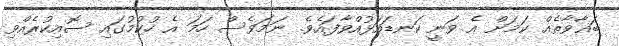
ބަޣާވާތެއް ކަމަށް އެ ވަނީ ކަނޑައަޅުއްވާފައެވެ. ނަމަވެސް ހަމަ އެ ހުކުމުގައި ސޮއިކުރެއްވި